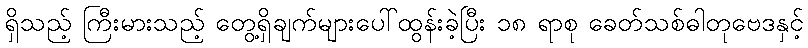
ရှိသည့် ကြီးမားသည့် တွေ့ရှိချက်များပေါ်ထွန်းခဲ့ပြီး ၁၈ ရာစု ခေတ်သစ်ဓါတုဗေဒနှင့်